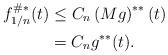
LaTeX: \begin{align*}f_{1/n}^{\#\ast }(t)& \leq C_{n}\left( Mg\right) ^{\ast \ast }(t) \\& =C_{n}g^{\ast \ast }(t).\end{align*}